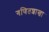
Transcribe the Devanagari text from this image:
गणितशाखा